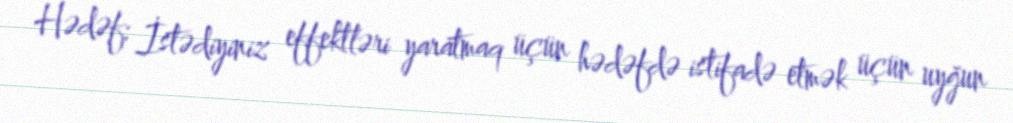
Hədəf: İstədiyiniz effektləri yaratmaq üçün hədəfdə istifadə etmək üçün uyğun